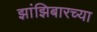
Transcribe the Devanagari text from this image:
झांझिबारच्या